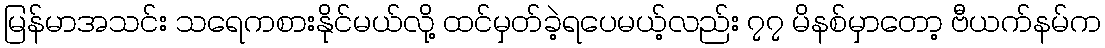
မြန်မာအသင်း သရေကစားနိုင်မယ်လို့ ထင်မှတ်ခဲ့ရပေမယ့်လည်း ၇၇ မိနစ်မှာတော့ ဗီယက်နမ်က